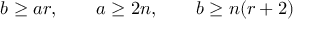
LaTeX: b \geq a r , \qquad a \geq 2 n , \qquad b \geq n ( r + 2 )